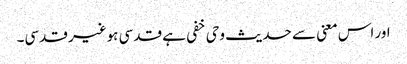
اور اس معنی سے حدیث وحی خفی ہے قدسی ہوغیر قدسی۔